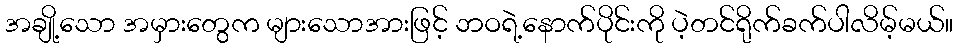
အချို့သော အမှားတွေက များသောအားဖြင့် ဘဝရဲ့နောက်ပိုင်းကို ပဲ့တင်ရိုက်ခက်ပါလိမ့်မယ်။